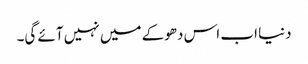
دنیا اب اس دھوکے میں نہیں آئے گی۔